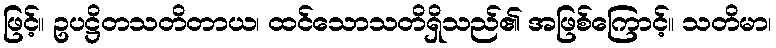
ဖြင့်။ ဥပဋ္ဌိတသတိတာယ၊ ထင်သောသတိရှိသည်၏ အဖြစ်ကြောင့်။ သတိမာ၊